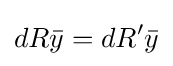
dR{\bar {y}}=dR'{\bar {y}}